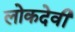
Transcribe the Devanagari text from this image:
लोकदेवी